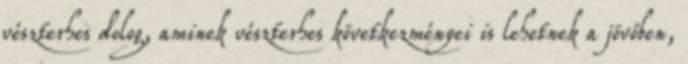
vészterhes dolog, aminek vészterhes következményei is lehetnek a jövőben,